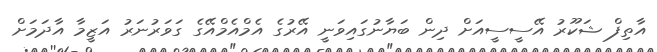
އާތިފް ޝަކޫރު އޭސީސީއަށް ދިން ބަޔާނުގައިވަނީ އޭރުގެ އެމްއެމްއޭގެ ގަވަރުނަރު އަޒީމާ އާދަމަށް